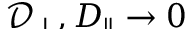
\smash { \mathcal { D } _ { \perp } , D _ { \parallel } \to 0 }